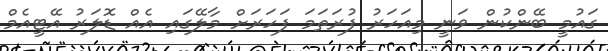
ގައުމީ ބޭންކުން ވަނީ މިއަހަރު ފުރަތަމަ ފަހަރަށް މާލޭގައި އެއް ޑޮލަރު އޭޓީއެމް